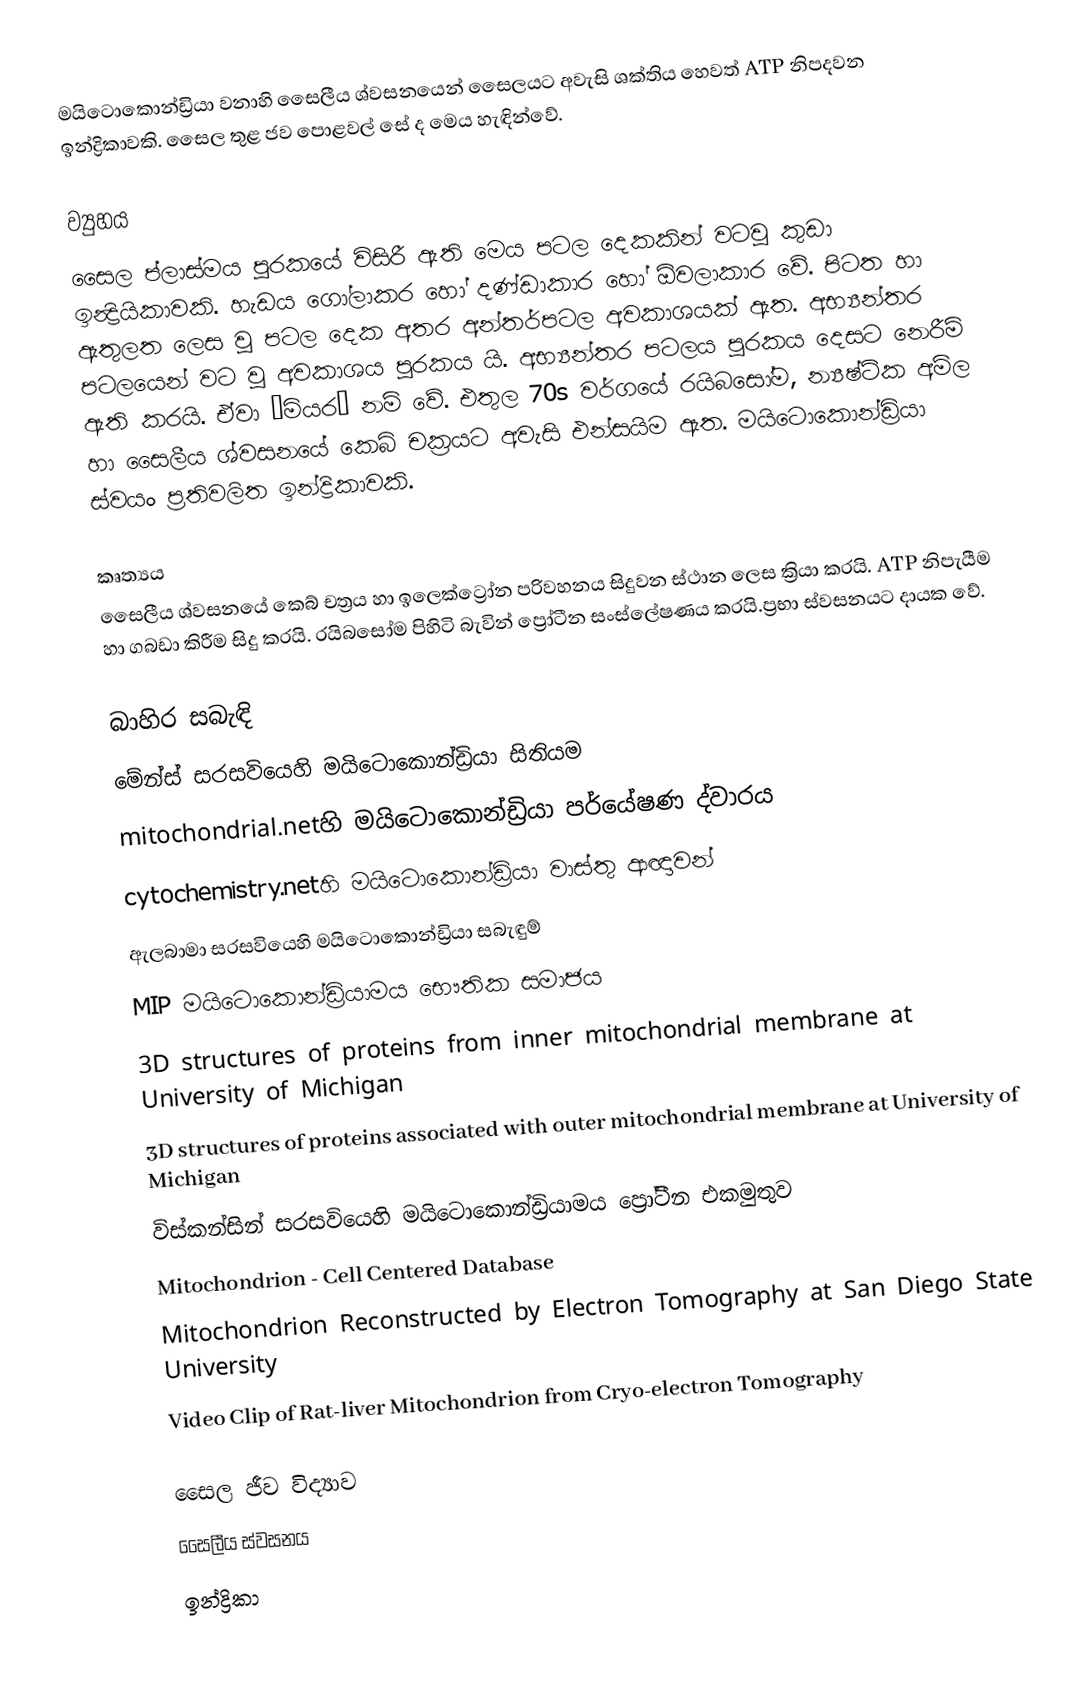
මයිටොකොන්ඩ්‍රියා වනාහි සෛලීය ශ්වසනයෙන් සෛලයට අවැසි ශක්තිය හෙවත් ATP නිපදවන  ඉන්ද්‍රිකාවකි. සෛල තුළ ජව පොළවල් සේ ද මෙය හැඳින්වේ.

ව්‍යුහය
සෛල ප්ලාස්මය පූරකයේ විසිරී ඇති මෙය පටල දෙකකින් වටවූ කුඩා ඉන්‍ද්‍රියිකාවකි. හැඩය ගෝලාකර හෝ දණ්ඩාකාර හෝ ඕවලාකාර වේ. පිටත හා ඇතුලත ලෙස වූ පටල දෙක අතර අන්තර්පටල අවකාශයක් ඇත.  අභ්‍යන්තර පටලයෙන් වට වූ අවකාශය පූරකය යි. අභ්‍යන්තර පටලය පූරකය දෙසට නෙරීම් ඇති කරයි. ඒවා ‘මියර‘ නම් වේ.  එතුල 70s වර්ගයේ රයිබසෝම, න්‍යෂ්ටික අම්ල හා සෛලීය ශ්වසනයේ කෙබ් චක්‍රයට අවැසි එන්සයිම ඇත. මයිටොකොන්ඩ්‍රියා ස්‍වයං ප්‍රතිවලිත ඉන්ද්‍රිකාවකි.

කෘත්‍යය
සෛලීය ශ්වසනයේ කෙබ් චත්‍රය හා ඉලෙක්ට්‍රෝන පරිවහනය සිදුවන ස්ථාන ලෙස ක්‍රියා කරයි. ATP නිපැයීම හා ගබඩා කිරීම සිදු කරයි. රයිබසෝම පිහිටි බැවින් ප්‍රෝටීන සංස්ලේෂණය කරයි.ප්‍රභා ස්වසනයට දායක වේ.

බාහිර සබැඳි
  මේන්ස් සරසවියෙහි මයිටොකොන්ඩ්‍රියා සිතියම
 mitochondrial.netහි මයිටොකොන්ඩ්‍රියා පර්යේෂණ ද්වාරය
 cytochemistry.netහි මයිටොකොන්ඩ්‍රියා වාස්තු ආඥාවන්
 ඇලබාමා සරසවියෙහි මයිටොකොන්ඩ්‍රියා සබැඳුම්
 MIP මයිටොකොන්ඩ්‍රියාමය භෞතික සමාජය
 3D structures of proteins from inner mitochondrial membrane at University of Michigan
 3D structures of proteins associated with outer mitochondrial membrane at University of Michigan
 විස්කන්සින් සරසවියෙහි මයිටොකොන්ඩ්‍රියාමය ප්‍රෝටීන එකමුතුව
 Mitochondrion - Cell Centered Database
 Mitochondrion Reconstructed by Electron Tomography at San Diego State University
 Video Clip of Rat-liver Mitochondrion from Cryo-electron Tomography

සෛල ජීව විද්‍යාව
සෛලීය ස්‍වසනය
ඉන්ද්‍රිකා